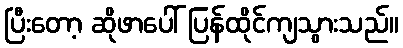
ပြီးတော့ ဆိုဖာပေါ် ပြန်ထိုင်ကျသွားသည်။